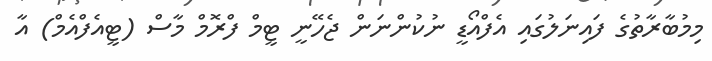
މިމުބާރާތުގެ ފައިނަލުގައި އެފްއޯޑީ ނުކުންނަން ޖެހޭނީ ޓީމް ފްރޮމް މާސް (ޓީއެފްއެމް) އާ